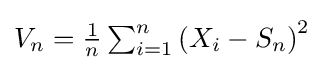
{\textstyle V_{n}={\frac {1}{n}}\sum _{i=1}^{n}{\left(X_{i}-S_{n}\right)}^{2}}